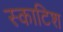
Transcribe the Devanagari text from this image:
स्‍काटिश